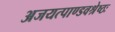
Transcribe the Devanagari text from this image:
अजयत्पाण्डवश्रेष्ठः